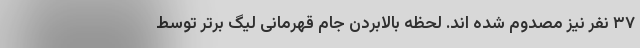
۳۷ نفر نیز مصدوم شده اند. لحظه بالابردن جام قهرمانی لیگ برتر توسط